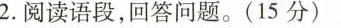
2.阅读语段，回答问题。(15分)